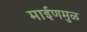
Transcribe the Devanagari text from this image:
माईणमुळ